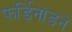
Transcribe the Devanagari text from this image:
फर्डिनांडने